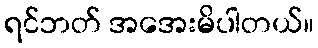
ရင်ဘတ် အအေးမိပါတယ်။